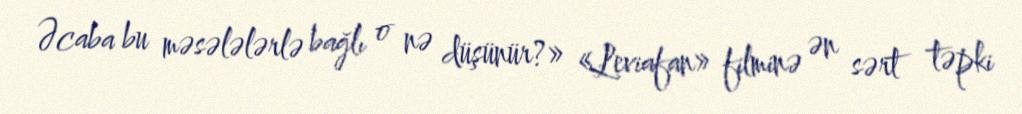
Əcaba bu məsələlərlə bağlı o nə düşünür?» «Leviafan» filminə ən sərt təpki